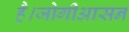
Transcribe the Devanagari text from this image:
है।जोगीआसन